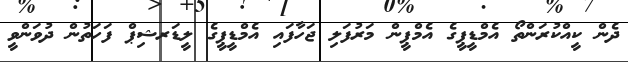
ދެން ކީއްކުރަންތޯ އެމްޑީޕީގެ އެމްޕީން މަރުފަލި ޖަހާފައި އެމްޑީޕީގެ ލީޑަރޝިޕް ފަހަތުން ދުވަންވީ